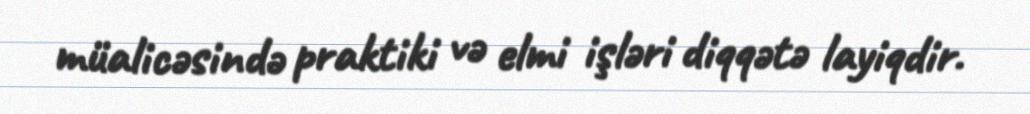
müalicəsində praktiki və elmi işləri diqqətə layiqdir.